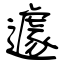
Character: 遽